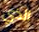
الذي